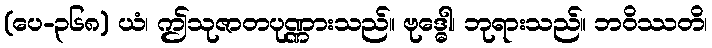
(ပေ-၃၆၈) ယံ၊ ဤသုဇာတပုဏ္ဏားသည်။ ဗုဒ္ဓေါ၊ ဘုရားသည်။ ဘဝိဿတိ၊